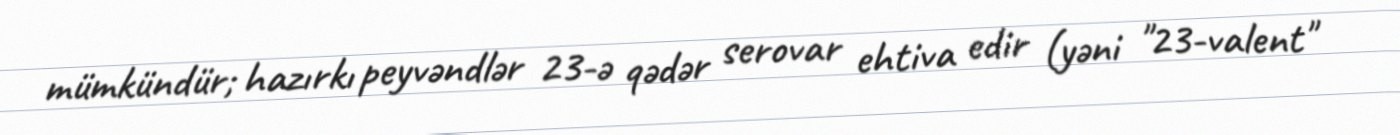
mümkündür; hazırkı peyvəndlər 23-ə qədər serovar ehtiva edir (yəni "23-valent"